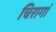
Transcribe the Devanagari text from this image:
चिरागां